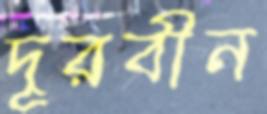
দূরবীন